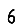
Digit: 6